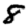
Digit: 8